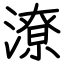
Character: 潦